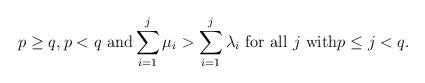
LaTeX: \begin{align*}p\geq q, p<q\text{ and}\sum_{i=1}^j\mu_i>\sum_{i=1}^j\lambda_i \text{ for all $j$ with}p\leq j<q.\end{align*}